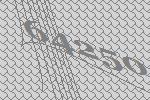
64250